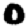
Digit: 0